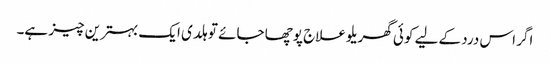
اگر اس درد کے لیے کوئی گھریلو علاج پوچھا جائے تو ہلدی ایک بہترین چیز ہے۔